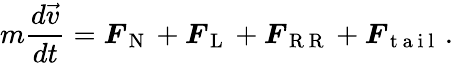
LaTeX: m\frac{d\vec{v}}{dt}=\boldsymbol{F}_{\mathrm{~N~}}+\boldsymbol{F}_{\mathrm{~L~}}+\boldsymbol{F}_{\mathrm{~R~R~}}+\boldsymbol{F}_{\mathrm{~t~a~i~l~}}\, .